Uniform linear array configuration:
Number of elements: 64
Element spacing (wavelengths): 1
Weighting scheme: hamming
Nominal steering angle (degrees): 45
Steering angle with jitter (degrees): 45.655
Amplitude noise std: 0.05
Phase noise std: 0.05

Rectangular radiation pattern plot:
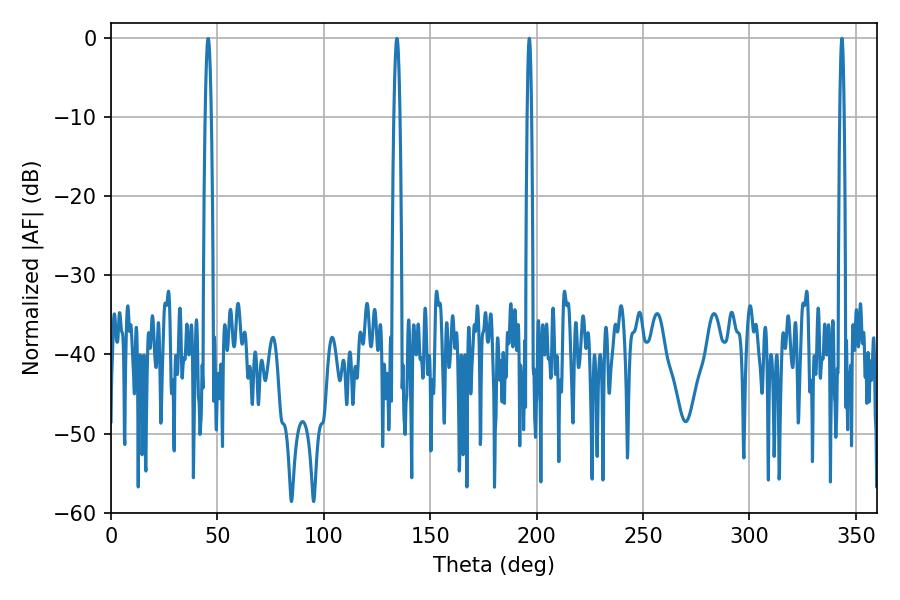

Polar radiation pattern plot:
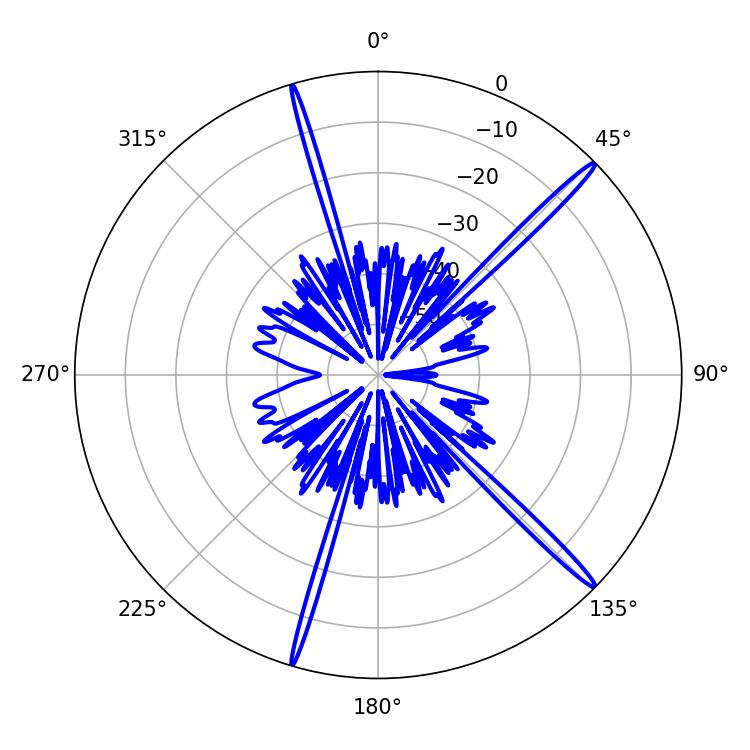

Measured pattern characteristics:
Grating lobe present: TRUE
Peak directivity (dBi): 18.112
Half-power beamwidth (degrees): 1.08
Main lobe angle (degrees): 196.56